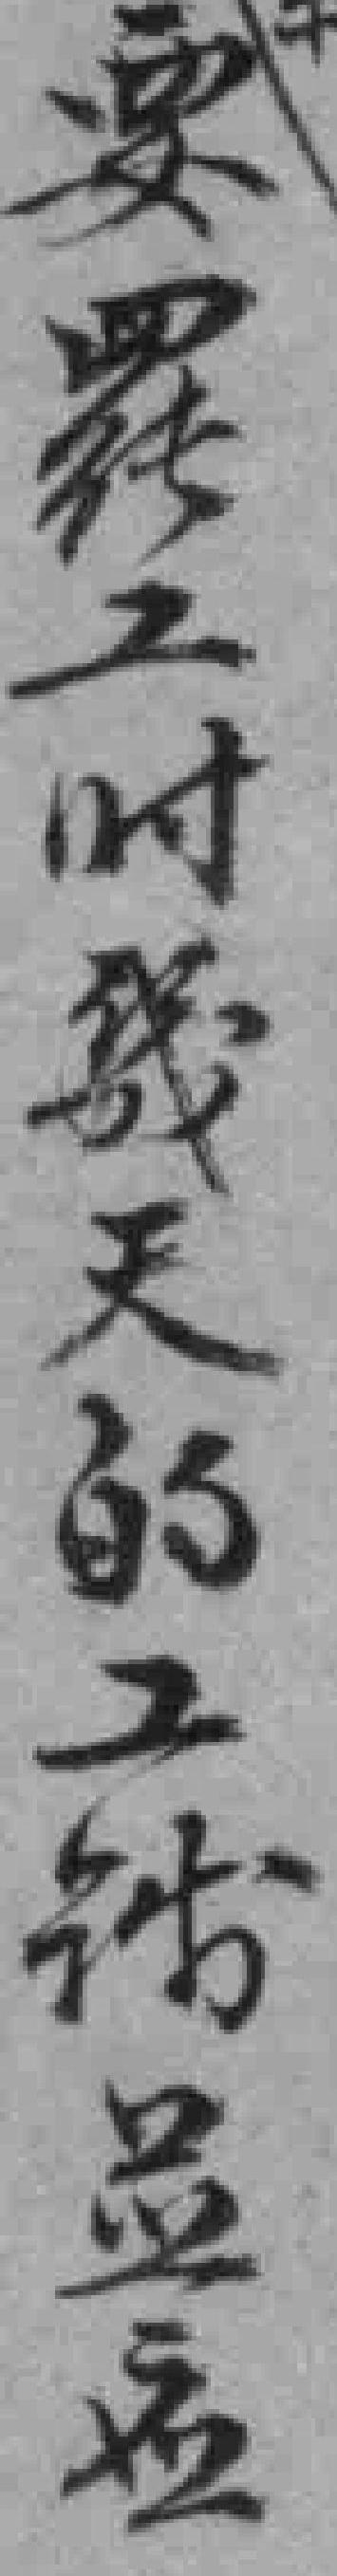
要罷工时幾天的工钱显应